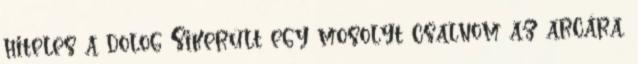
hiteles a dolog Sikerült egy mosolyt csalnom az arcára.